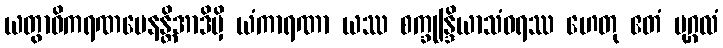
ယတွာဓိကရဏမေနန္တိအာဒိမှိ ယံကာရဏာ ယဿ စက္ခုန္ဒြိယာသံဝရဿ ဟေတု ဧတံ ပုဂ္ဂလံ